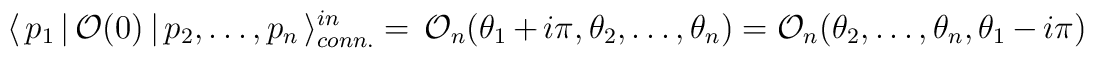
\langle \,p_{1}\,|\,\mathcal{O}(0)\,|\,p_{2},\dots ,p_{n}\,\rangle_{conn.}^{in}=\,\mathcal{O}_{n}(\theta _{1}+i\pi ,\theta _{2},\dots ,\theta_{n})=\mathcal{O}_{n}(\theta _{2},\dots ,\theta _{n},\theta _{1}-i\pi )